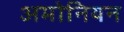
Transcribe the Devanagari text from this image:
अमोनियन